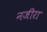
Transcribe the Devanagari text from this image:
नजीरा